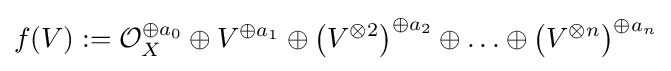
f(V):={\mathcal {O}}_{X}^{\oplus a_{0}}\oplus V^{\oplus a_{1}}\oplus \left(V^{\otimes 2}\right)^{\oplus a_{2}}\oplus \ldots \oplus \left(V^{\otimes n}\right)^{\oplus a_{n}}